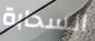
السحابة